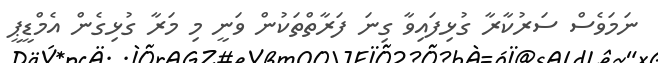
ނަމަވެސް ސަރުކާރާ ގުޅިފައިވާ ގިނަ ފަރާތްތަކުން ވަނީ މި މަރާ ގުޅިގެން އެމްޑީޕީ